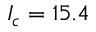
I _ { c } = 1 5 . 4